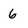
Character: 6